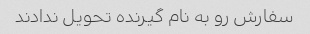
سفارش رو به نام گیرنده تحویل ندادند